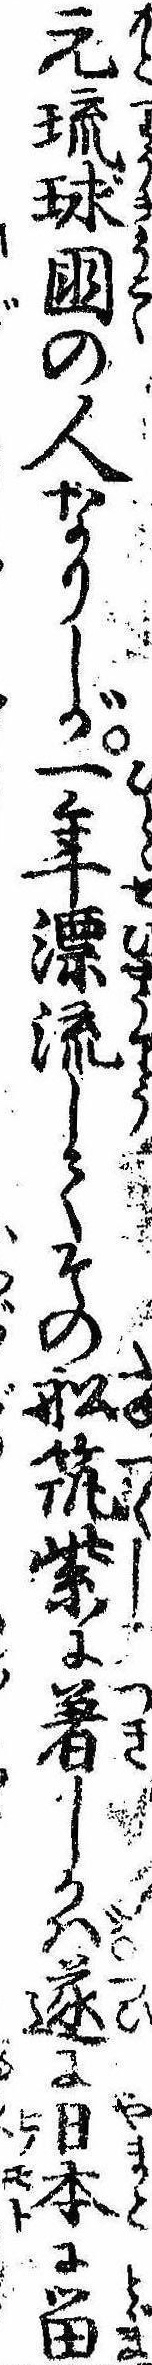
元琉球国の人なりしが一年漂流してその船筑紫に着しかば遂に日本に留